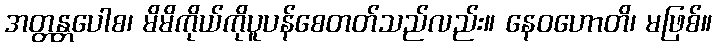
အတ္တန္တပေါစ၊ မိမိကိုယ်ကိုပူပန်စေတတ်သည်လည်း။ နေဝဟောတိ၊ မဖြစ်။